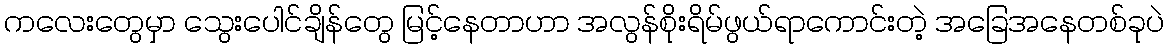
ကလေးတွေမှာ သွေးပေါင်ချိန်တွေ မြင့်နေတာဟာ အလွန်စိုးရိမ်ဖွယ်ရာကောင်းတဲ့ အခြေအနေတစ်ခုပဲ